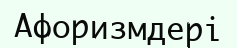
Афоризмдері